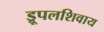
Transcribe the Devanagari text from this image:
ड्रूपलशिवाय